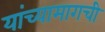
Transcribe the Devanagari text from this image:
यांच्यामागची